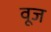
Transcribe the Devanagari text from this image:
वूज